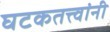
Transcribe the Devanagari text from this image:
घटकतत्त्वांनी